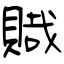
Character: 賳